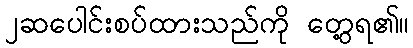
၂ဆပေါင်းစပ်ထားသည်ကို တွေ့ရ၏။